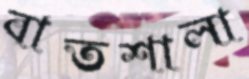
বাতশালা